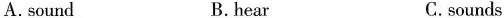
A.sound B.hear C.sounds